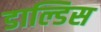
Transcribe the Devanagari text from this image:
डाल्डिस